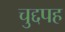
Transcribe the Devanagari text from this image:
चुद्दपह